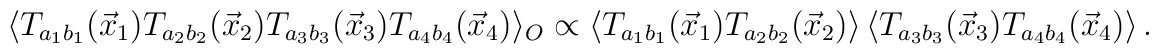
\langle T_{a_1 b_1}({\vec x}_1) T_{a_2 b_2}({\vec x}_2) T_{a_3b_3}({\vec x}_3) T_{a_4b_4}({\vec x}_4) \rangle_{O}\propto \langle T_{a_1 b_1}({\vec x}_1) T_{a_2 b_2}({\vec x}_2) \rangle \, \langle  T_{a_3b_3}({\vec x}_3) T_{a_4b_4}({\vec x}_4) \rangle \, .